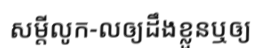
សម្តីលូក-លឲ្យដឹងខ្លួនឬឲ្យ